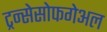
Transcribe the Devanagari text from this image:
ट्रन्सेसोफगेअल